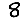
Digit: 8